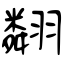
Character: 翷